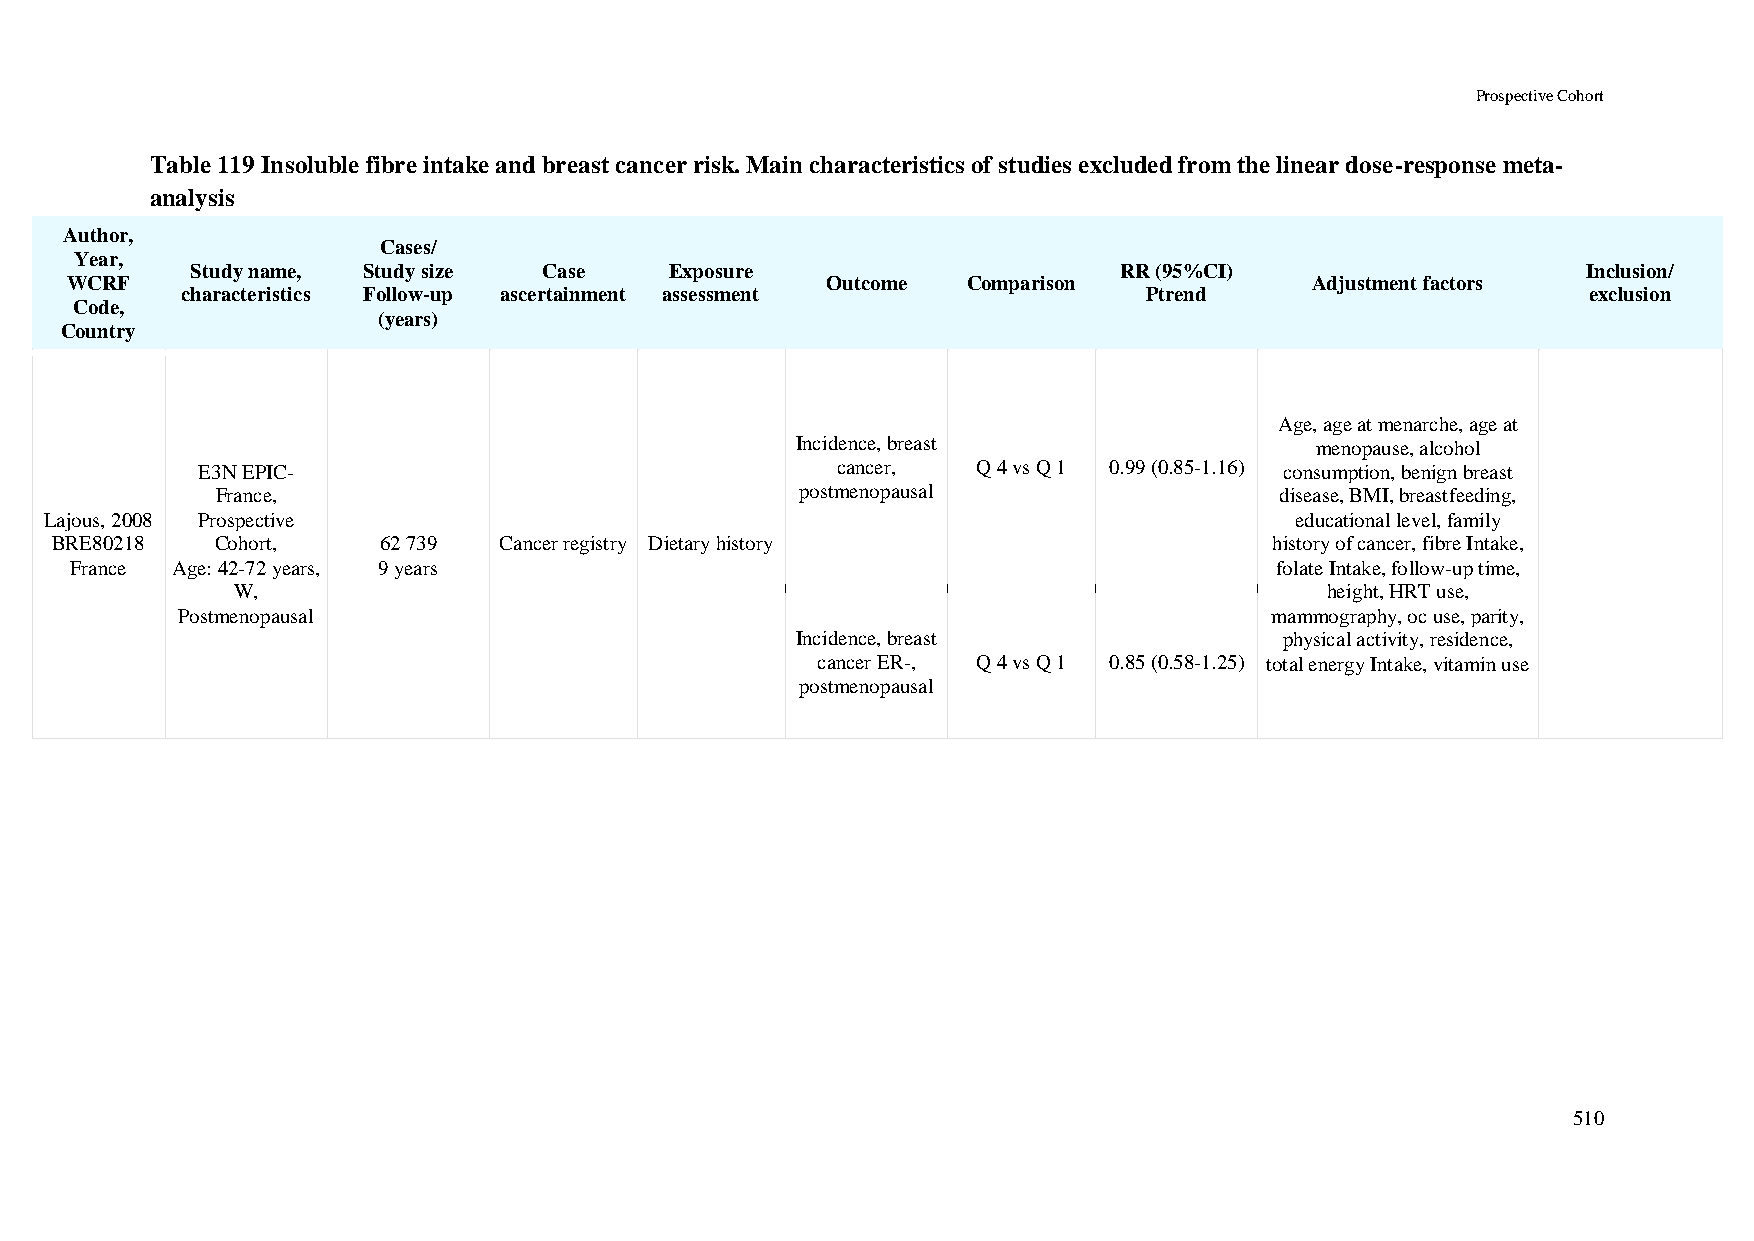
Prospective Cohort
 Table 119 Insoluble fibre intake and breast cancer risk. Main characteristics of studies excluded from the linear dose-response meta-
 analysis
 Author,
 Cases/
 Year,
 Study name, Study size Case    Exposure                      RR (95%CI)                     Inclusion/
 WCRF                                               Outcome  Comparison             Adjustment factors
 characteristics Follow-up ascertainment assessment              Ptrend                       exclusion
 Code,
 (years)
 Country
 Age, age at menarche, age at
 Incidence, breast                 menopause, alcohol
 E3N EPIC-                                 cancer,   Q 4 vs Q 1 0.99 (0.85-1.16) consumption, benign breast
 France,                                postmenopausal                  disease, BMI, breastfeeding,
 Lajous, 2008 Prospective                                                           educational level, family
 BRE80218   Cohort,    62 739  Cancer registry Dietary history                    history of cancer, fibre Intake,
 France Age: 42-72 years, 9 years                                               folate Intake, follow-up time,
 W,                                                                       height, HRT use,
 Postmenopausal                                                          mammography, oc use, parity,
 Incidence, breast               physical activity, residence,
 cancer ER-, Q 4 vs Q 1 0.85 (0.58-1.25) total energy Intake, vitamin use
 postmenopausal
 510